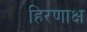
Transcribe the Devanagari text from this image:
हिरणाक्ष